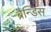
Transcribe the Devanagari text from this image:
ब्रैन्डिस